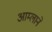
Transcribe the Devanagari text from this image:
आम्लाने